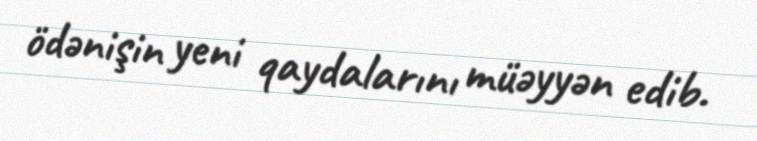
ödənişin yeni qaydalarını müəyyən edib.